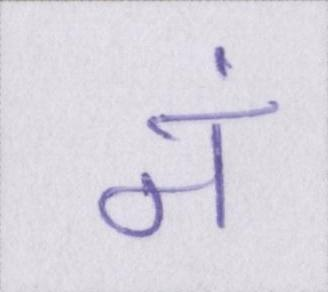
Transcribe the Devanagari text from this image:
नं